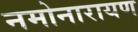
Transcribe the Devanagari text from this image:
नमोनारायण